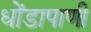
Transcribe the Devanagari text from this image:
धोंडापाणी